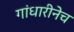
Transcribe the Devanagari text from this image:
गांधारीनेच